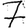
Digit: 7